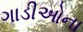
ગાડીઓના